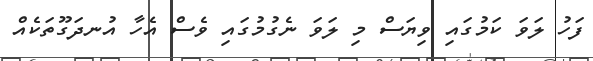
ފަހު ލަވަ ކަމުގައި ވިޔަސް މި ލަވަ ނެގުމުގައި ވެސް އެހާ އުނދަގޫތަކެއް